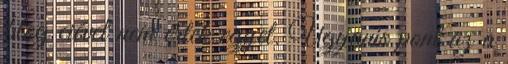
blog ciével nem értek egyet. Ugyanis pont az a